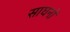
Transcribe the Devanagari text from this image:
साघनों